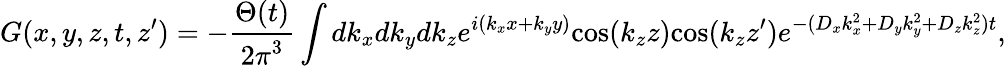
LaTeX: G(x,y,z,t,z^{\prime})=-\frac{\Theta(t)}{{2\pi}^{3}}\int dk_{x}dk_{y}dk_{z}e^{i({k_{x}}x+{k_{y}}y)}\mathrm{cos}(k_{z}z)\mathrm{cos}(k_{z}z{'})e^{-({D_{x}}{k_{x}^{2}}+{D_{y}}{k_{y}^{2}}+{D_{z}}{k_{z}^{2}})t},